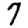
Digit: 7